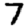
Digit: 7